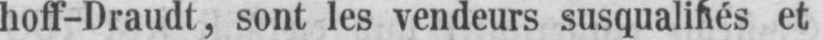
hoff-Draudt, sont les vendeurs susqualifiés et